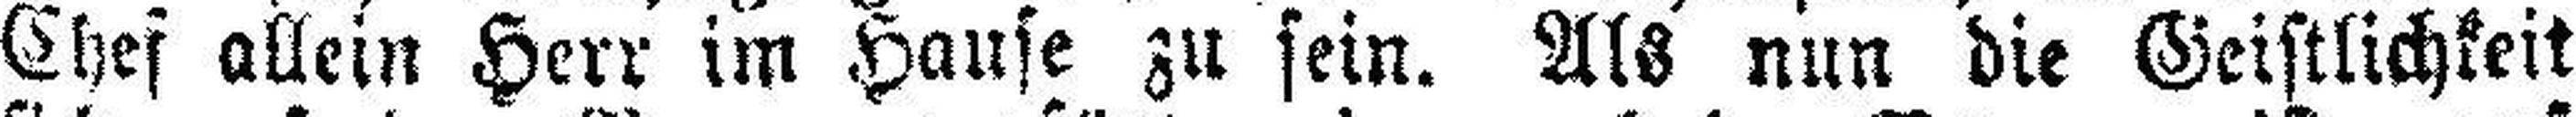
Chef allein Herr im Hause zu sein. Als nun die Geistlichkeit